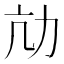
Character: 劥